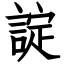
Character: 諚